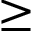
\ge